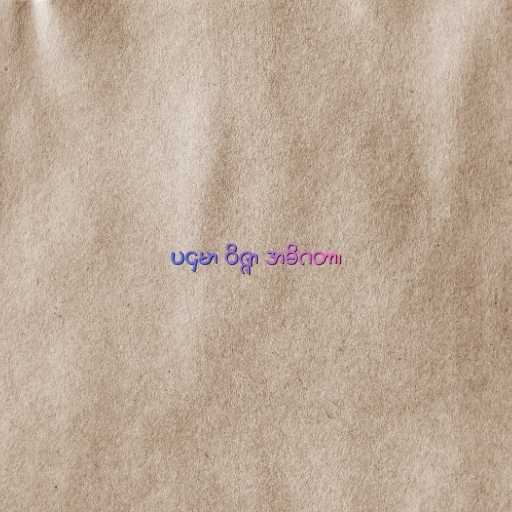
ပဌမာ ဝိဇ္ဇာ အဓိဂတာ၊